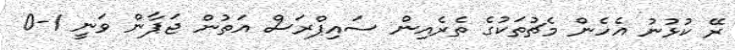
ރޭ ކުޅުނު އެހެން މެޗުތަކުގެ ތެރެއިން ސައިޕްރަސް އަތުން ޖަޕާން ވަނީ 1-0